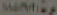
Mantiag